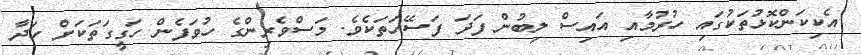
އެކިކަންކޮޅުތަކުގައި ހުރުމާއި އައިސް ލިބުން ފަދަ ފަސޭހަތަކެވެ. މަސްވެރިންގެ ހުވަފެން ހަގީގަތަކަށް ހަދާ